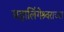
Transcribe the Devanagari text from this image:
महालिंगेश्र्वराच्या